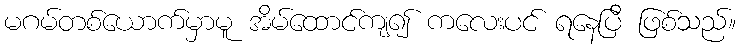
မဂမ်တစ်ယောက်မှာမူ အိမ်ထောင်ကျ၍ ကလေးပင် ရနေပြီ ဖြစ်သည်။